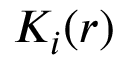
K _ { i } ( r )